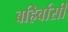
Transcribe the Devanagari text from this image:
बहिर्वासी